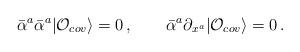
LaTeX: \begin{align*}\bar{\alpha}^a\bar{\alpha}^a|{\cal O}_{cov}\rangle=0\,,\qquad\bar{\alpha}^a\partial_{x^a}|{\cal O}_{cov}\rangle=0\,.\end{align*}